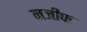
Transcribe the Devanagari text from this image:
नजीफ